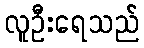
လူဦးရေသည်